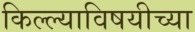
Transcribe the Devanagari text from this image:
किल्ल्याविषयीच्या